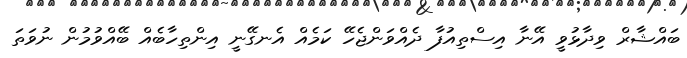
ބައްޝާރް ވިދާޅުވީ އޭނާ އިސްތިއުފާ ދެއްވަންޖެހޭ ކަމެއް އެނގޭނީ އިންތިހާބެއް ބޭއްވުމުން ނުވަތަ